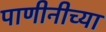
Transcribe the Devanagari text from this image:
पाणीनीच्या